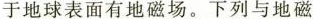
于地球表面有地磁场。下列与地磁